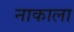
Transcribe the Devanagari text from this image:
नाकाला